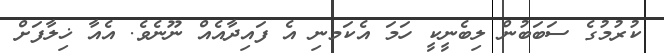
ކުރުމުގެ ސަބަބުން ލިބެނީކީ ހަމަ އެކަމނި އެ ފައިދާއެއް ނޫނެވެ. އެއާ ޚިލާފަށް